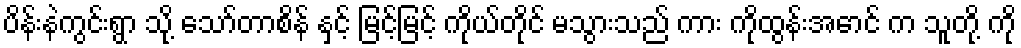
ပိန်းနဲကွင်းရွာ သို့ သော်တာစိန် နှင့် မြင့်မြင့် ကိုယ်တိုင် မသွားသည် ကား ကိုထွန်းအောင် က သူတို့ ကို